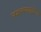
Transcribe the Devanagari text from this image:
नक्षलवाद्यांच्या